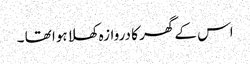
اس کے گھر کا دروازہ کھلا ہوا تھا ۔